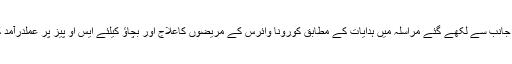
عالمی ادارہ صحت کی جانب سے لکھے گئے مراسلہ میں ہدایات کے مطابق کورونا وائرس کے مریضوں کاعلاج اور بچاؤ کیلئے ایس او پیز پر عملدرآمد کو یقینی بنایاجارہا ہے۔